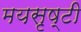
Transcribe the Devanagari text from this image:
मयसृष्टी